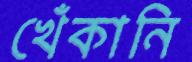
খেঁকানি